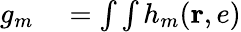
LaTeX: \begin{array}{rl}{g_{m}}&{{}=\int\int h_{m}(\mathbf{r},e)}\end{array}